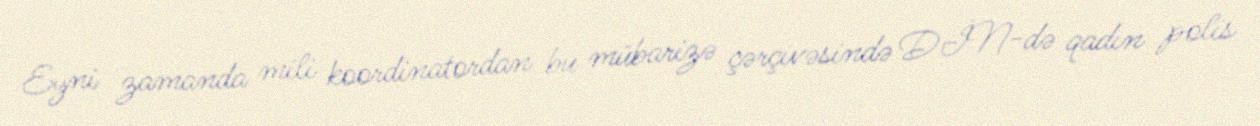
Eyni zamanda mili koordinatordan bu mübarizə çərçivəsində DİN-də qadın polis